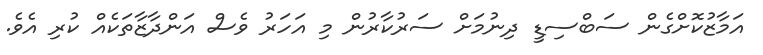
އަމާޒުކޮށްގެން ސަބްސިޑީ ދިނުމަށް ސަރުކާރުން މި އަހަރު ވެސް އަންދާޒާތަކެއް ކުރި އެވެ.